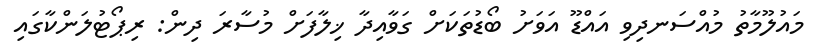
މައުލޫމާތު މުއްސަނދިވި އައްޑޫ އަވަށު ބޯޑުތަކަށް ގަވާއިދާ ޚިލާފަށް މުސާރަ ދިން: ރިޕޯޓުލަންކާގައި